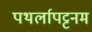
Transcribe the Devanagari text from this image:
पथर्लापट्टनम